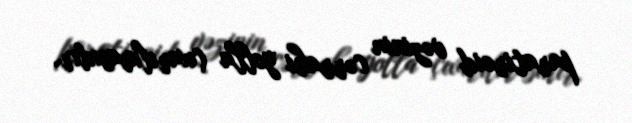
paratiroid vəzinin cərrahi yolla çıxarılmasıdır.